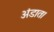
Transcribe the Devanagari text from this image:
अंडात।